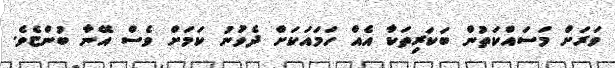
ވަރަށް މަސައްކަތުން ބަކަރިތަކާ އެއް ހަމައަަކަށް ދެވުނު ކަމަށް ވެސް އޭނާ ބުންޏެވެ.